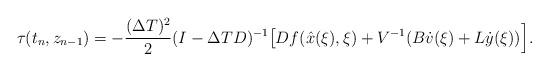
LaTeX: \begin{align*}\tau(t_{n},z_{n-1}) = -\dfrac{(\Delta T)^2}{2}(I-\Delta T D)^{-1}\big[D f(\hat{x}(\xi),\xi) + V^{-1}(B\dot{v}(\xi) +L\dot{y}(\xi))\Big].\end{align*}